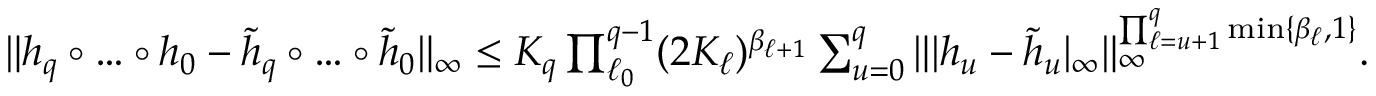
\begin{array} { r } { \| h _ { q } \circ \ldots \circ h _ { 0 } - \widetilde { h } _ { q } \circ \ldots \circ \widetilde { h } _ { 0 } \| _ { \infty } \leq K _ { q } \prod _ { \ell _ { 0 } } ^ { q - 1 } ( 2 K _ { \ell } ) ^ { \beta _ { \ell + 1 } } \sum _ { u = 0 } ^ { q } \| | h _ { u } - \widetilde { h } _ { u } | _ { \infty } \| _ { \infty } ^ { \prod _ { \ell = u + 1 } ^ { q } \operatorname* { m i n } \{ \beta _ { \ell } , 1 \} } . } \end{array}